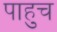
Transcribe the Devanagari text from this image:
पाहुच